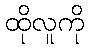
ထိုလူကို